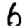
Digit: 6